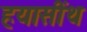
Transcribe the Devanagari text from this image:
हयासींथ